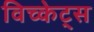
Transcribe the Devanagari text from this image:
विच्केट्स